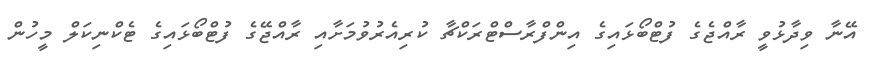
އޭނާ ވިދާޅުވީ ރާއްޖެގެ ފުޓްބޯޅައިގެ އިންފްރާސްޓްރަކްޗާ ކުރިއެރުވުމަށާއި ރާއްޖޭގެ ފުޓްބޯޅައިގެ ޓެކްނިކަލް މީހުން